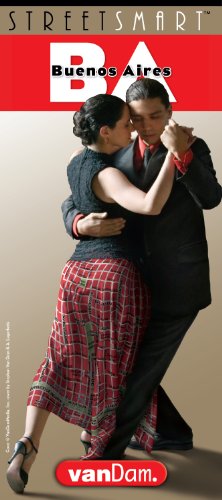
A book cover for StreetSmart Buenos Aires Map by VanDam - City Street Map of Buenos Aires - Laminated folding pocket size city travel guide and subway map; Stephan Van Dam; Travel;